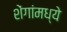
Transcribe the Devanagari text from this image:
शेंगांमध्ये